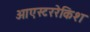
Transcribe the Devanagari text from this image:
ओएस्टररेकिश